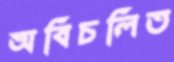
অবিচলিত